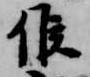
候